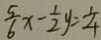
\frac { 5 } { 6 } x - \frac { 1 } { 2 } y = \frac { 1 } { 4 }